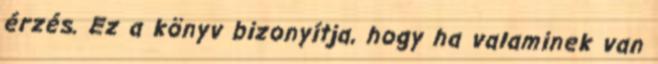
érzés. Ez a könyv bizonyítja, hogy ha valaminek van